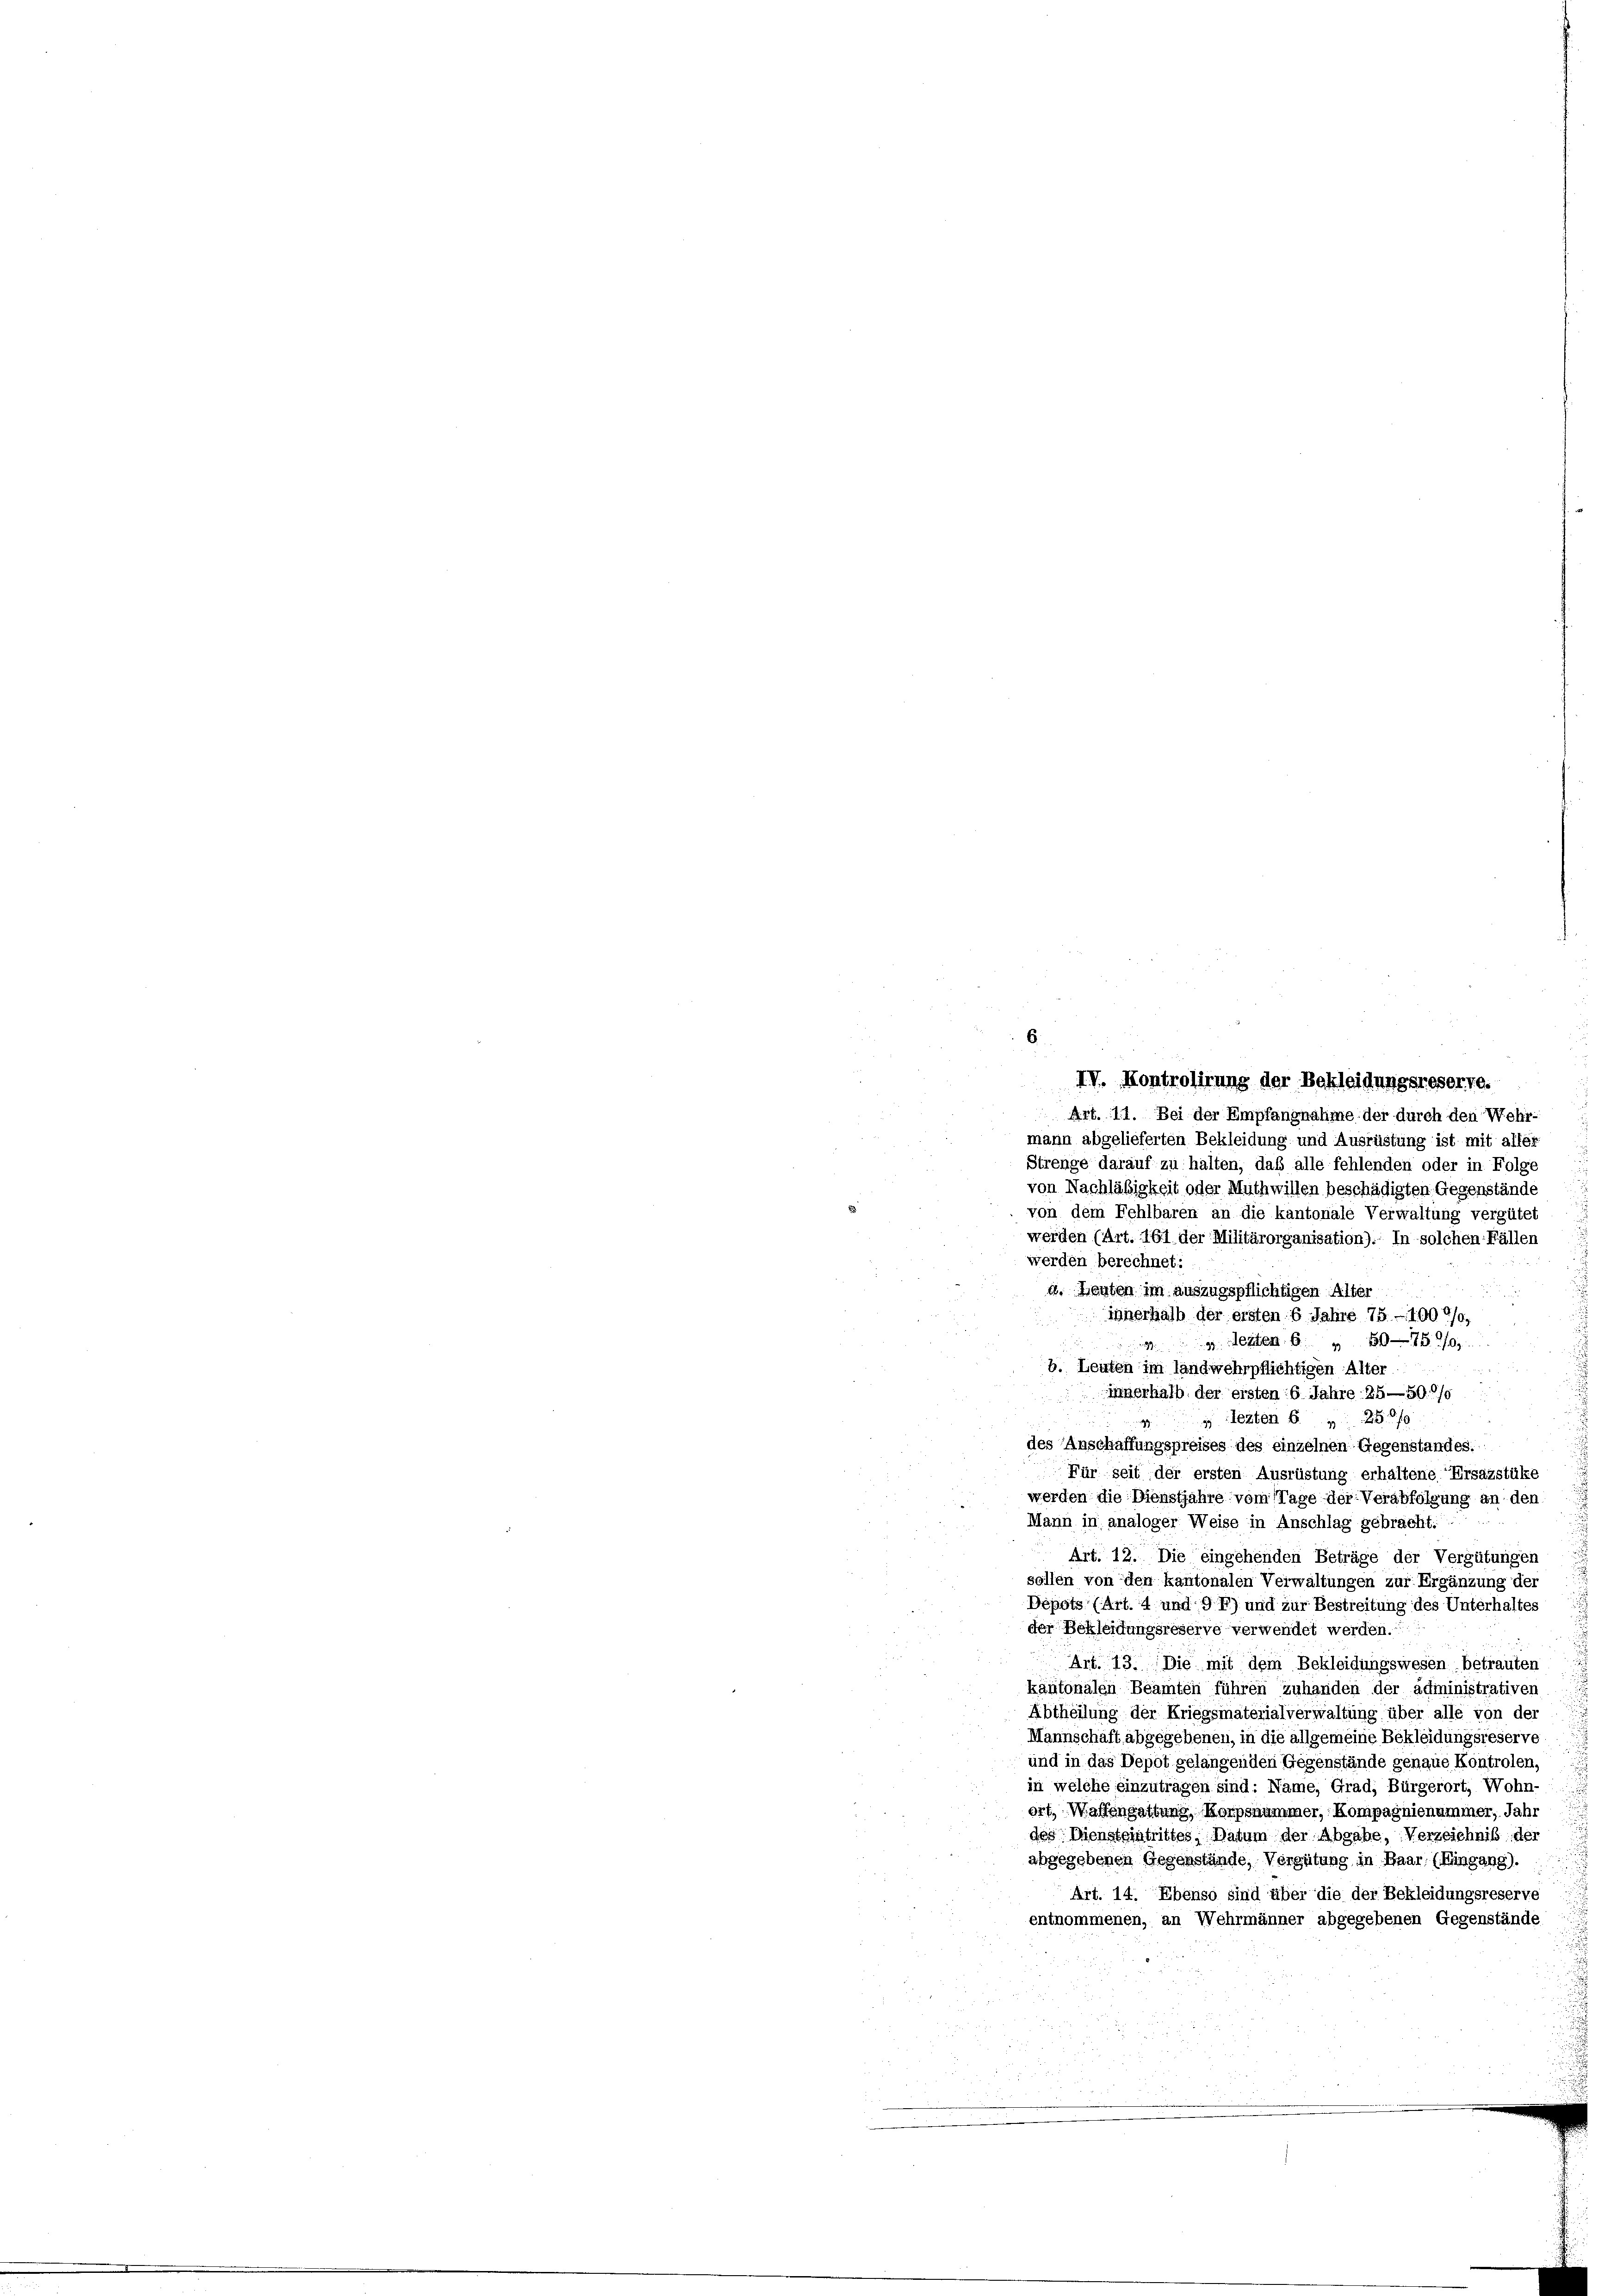
IV. Kontrolirung der Bekleidungsreserre.
e
Art. 111. Bei der Empfangnahme der durch den Wehr-
mann abgelieferten Bekleidung und Ausrüstung ist mit aller
Strenge darauf zu halten, daß alle fehlenden oder in Folge
von Nachläßigkeit oder Muthwillen beschädigten Gegenstände
von dem Fehlbaren an die kantonale Verwaltung vergütet
werden (Art. 161 der Militärorganisation). In solchen Fällen
werden berechnet:
4. Heuten im auszugspflichtigen Alter
innerhalb der ersten 6 Jahre 75 - 1006/0,
44 erten 60
b. Leuten im landwehrpflichtigen Alter

Innerhalb der ersten 6 Jahre 25—500/
 lezten 6 „ 25f
des Anschaffungspreises des einzelnen Gegenstandes:
Für seit der ersten Ausrüstung erhaltene Ersazstüke
werden die Dienstjahre vom Tage der Verabfolgung an den
Mann in analoger Weise in Anschlag gebracht:
Art. 12. Die eingehenden Beträge der Vergütungen
sollen von den kantonalen Verwaltungen zur Ergänzung der
Depots (Art. 4 und 97) und zur Bestreitung des Unterhaltes
der Bekleidungsreserve verwendet werden.
Art. 13. Die mit dem Bekleidungswesen betrauten
käntonalen Beamten führen Zuhanden der administrativen
Abtheilung der Kriegsmaterialverwaltung über alle von der
Mannschäft abgegebenen, in die allgemeine Bekleidungsreserve
und in das Depot gelangenden Gegenstände genaue Kontrolen,
in welche einzuträgen sind: Name, Grad, Bürgerort, Wohn-
ort, Waffengattung Korpsnummer, Kompagnienummer, Jahr
des Diensteintrittes, Datum der Abgabe, Verzeichnis der
abgegebenen Gegenstände, Vergütung in Baar. (Hingang).
Art. 14. Ebenso sind über die der Bekleidungsreserve
entnommenen, an Wehrmänner abgegebenen Gegenstände